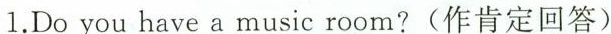
1.Do you have a music room?(作肯定回答)